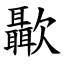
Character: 㱌